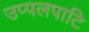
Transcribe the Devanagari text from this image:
उप्पलपाटि